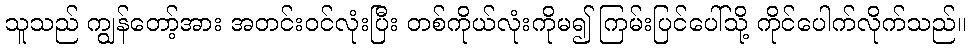
သူသည် ကျွန်တော့်အား အတင်းဝင်လုံးပြီး တစ်ကိုယ်လုံးကိုမ၍ ကြမ်းပြင်ပေါ်သို့ ကိုင်ပေါက်လိုက်သည်။